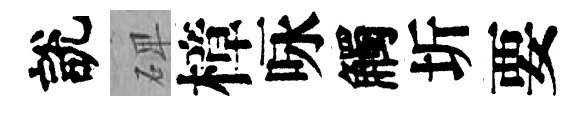
說𥓓樟咏觸圻要